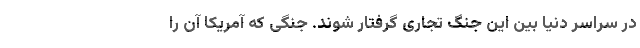
در سراسر دنیا بین این جنگ تجاری گرفتار شوند. جنگی که آمریکا آن را